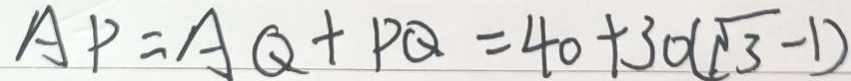
A P = A Q + P Q = 4 0 + 3 0 ( \sqrt { 3 } - 1 )